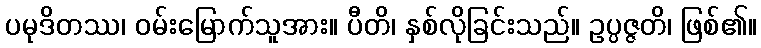
ပမုဒိတဿ၊ ဝမ်းမြောက်သူအား။ ပီတိ၊ နှစ်လိုခြင်းသည်။ ဥပ္ပဇ္ဇတိ၊ ဖြစ်၏။